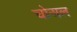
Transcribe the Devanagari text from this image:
चोअल